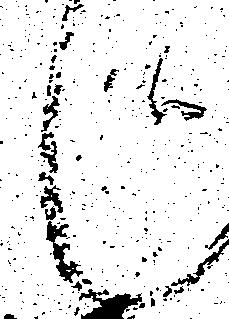
候